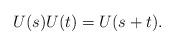
LaTeX: \begin{align*}U(s)U(t)=U(s+t).\end{align*}